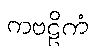
ကဗဠိကံ